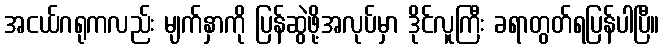
အငယ်ဂရုကလည်း မျက်နှာကို ပြန်ဆွဲဖို့အလုပ်မှာ ဒိုင်လူကြီး ခရာတွတ်ရပြန်ပါပြီ။